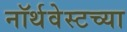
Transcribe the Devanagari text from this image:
नॉर्थवेस्टच्या